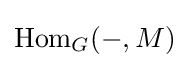
\operatorname {Hom} _{G}(-,M)